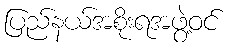
ပြည်နယ်အစိုးရအဖွဲ့ဝင်